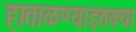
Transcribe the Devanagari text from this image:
हाताळण्याइतक्या